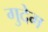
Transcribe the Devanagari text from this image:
गुदेम